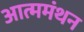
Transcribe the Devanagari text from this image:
आत्ममंथन